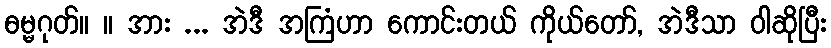
ဓမ္မဂုတ်။ ။ အား ... အဲဒီ အကြံဟာ ကောင်းတယ် ကိုယ်တော်, အဲဒီသာ ဝါဆိုပြီး